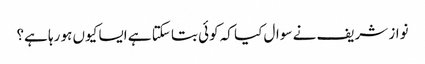
نواز شریف نے سوال کیا کہ کوئی بتا سکتا ہے ایسا کیوں ہو رہا ہے؟